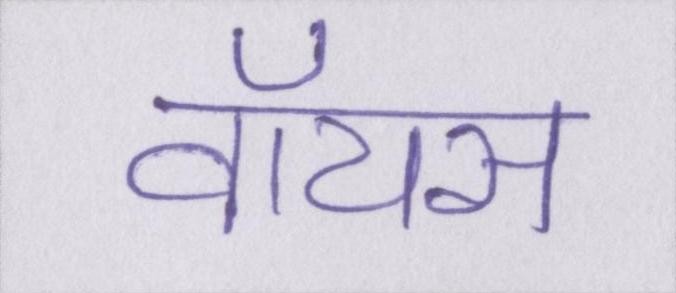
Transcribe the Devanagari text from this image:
वॉयस